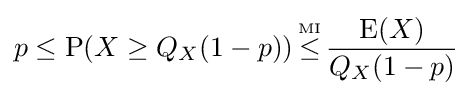
p\leq \operatorname {P} (X\geq Q_{X}(1-p))\,{\overset {\underset {\mathrm {MI} }{}}{\leq }}\,{\frac {\operatorname {E} (X)}{Q_{X}(1-p)}}